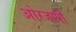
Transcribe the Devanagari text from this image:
ओरजापी